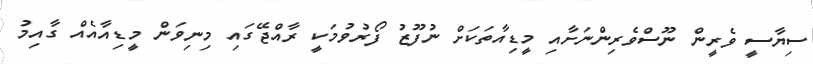
ސިޔާސީ ވެރީން ނޫސްވެރިންނަށާއި މީޑިއާތަކަށް ނުފޫޒު ފޯރުވުމަކީ ރާއްޖޭގައި މިނިވަން މީޑިއާއެއް ގާއިމު